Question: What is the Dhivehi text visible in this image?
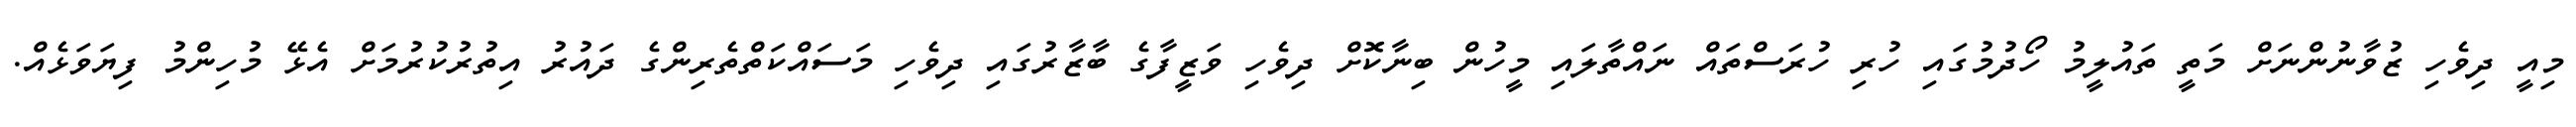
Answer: މިއީ ދިވެހި ޒުވާނުންނަށް މަތީ ތައުލީމު ހޯދުމުގައި ހުރި ހުރަސްތައް ނައްތާލައި މީހުން ބިނާކޮށް ދިވެހި ވަޒީފާގެ ބާޒާރުގައި ދިވެހި މަސައްކަތްތެރިންގެ ދައުރު އިތުރުކުރުމަށް އެޅޭ މުހިންމު ފިޔަވަޅެއް.